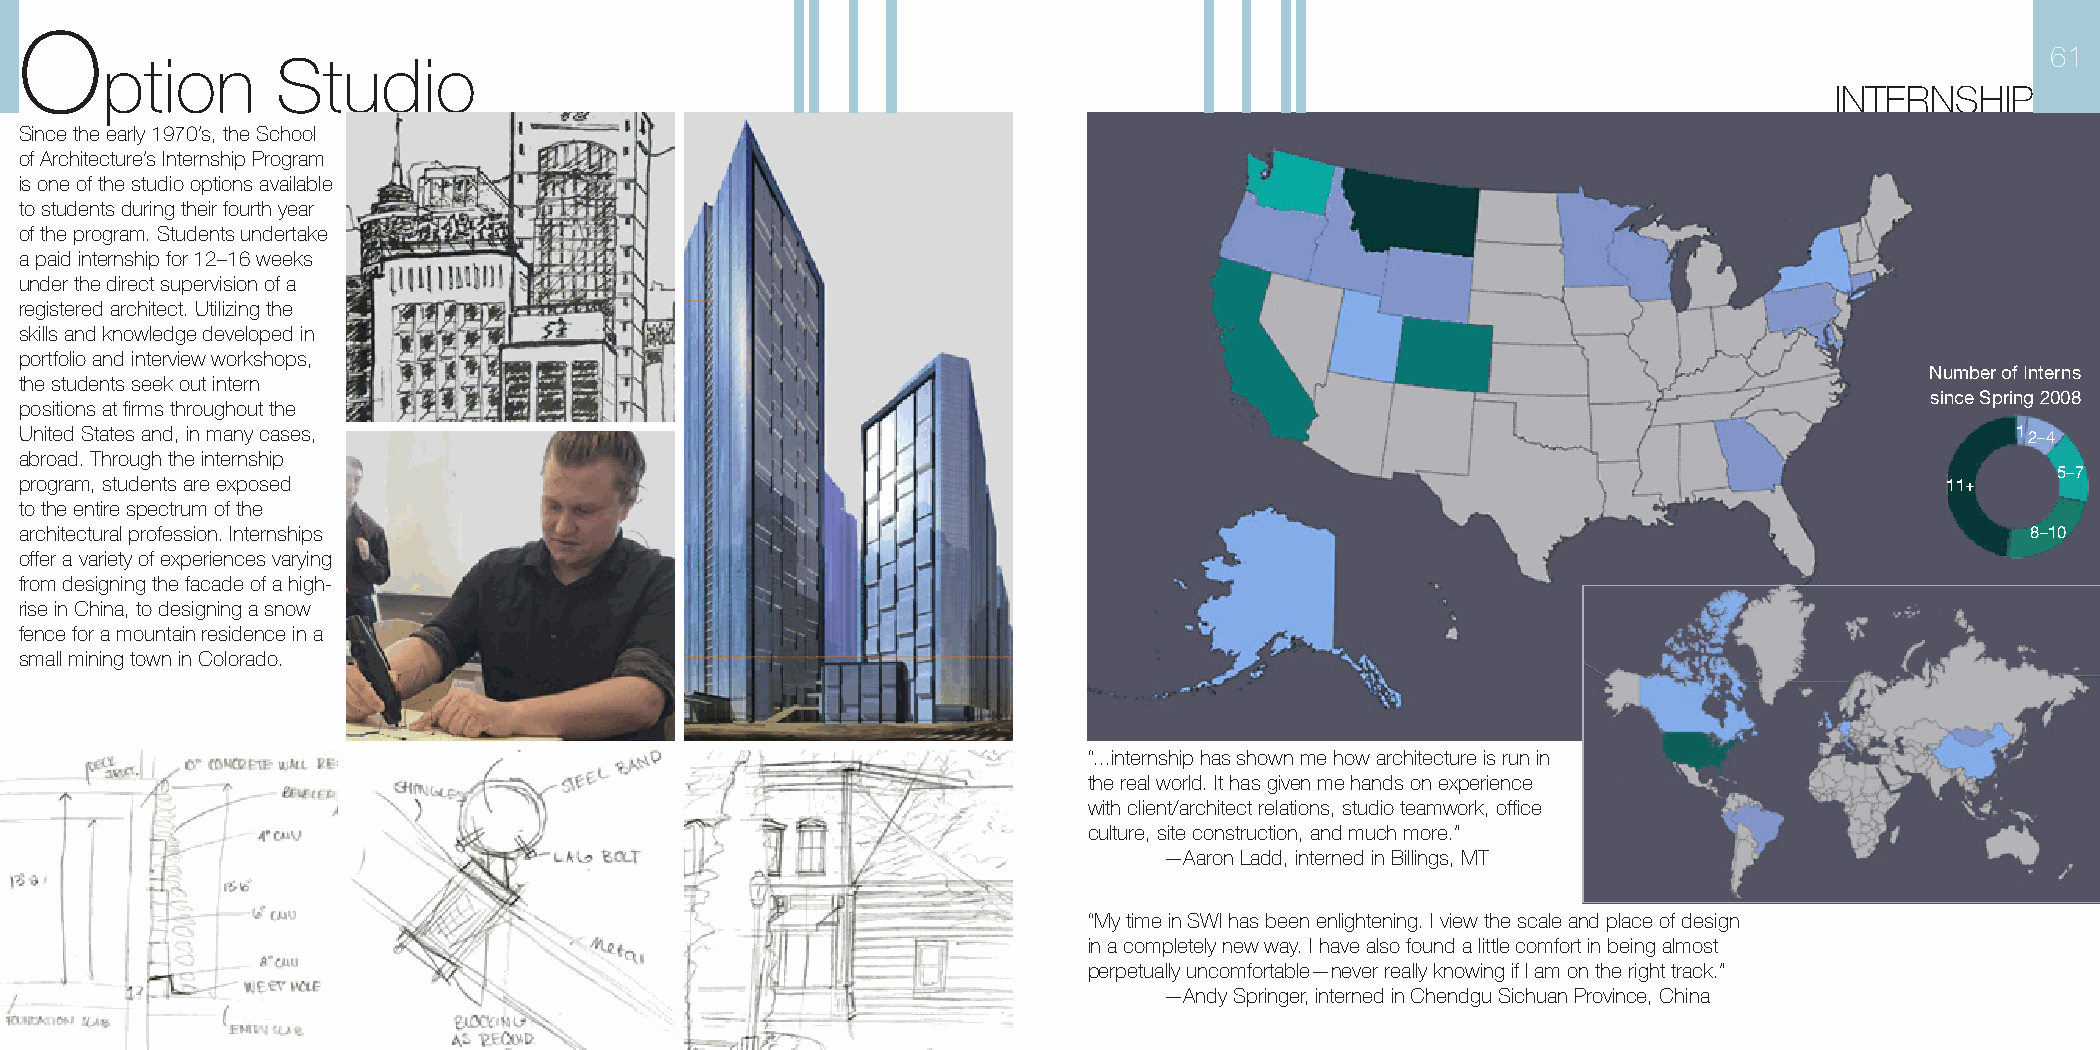
O
 61
 ption      Studio
 INTERNSHIP
 Since the early 1970’s, the School
 of Architecture’s Internship Program
 is one of the studio options available
 to students during their fourth year
 of the program. Students undertake
 a paid internship for 12–16 weeks
 under the direct supervision of a
 registered architect. Utilizing the
 skills and knowledge developed in
 portfolio and interview workshops,
 Number of Interns
 the students seek out intern
 since Spring 2008
 positions at firms throughout the
 United States and, in many cases,                                                                                                    1 2–4
 abroad. Through the internship
 5–7
 program, students are exposed                                                                                                   11+
 to the entire spectrum of the
 architectural profession. Internships                                                                                                8–10
 offer a variety of experiences varying
 from designing the facade of a high-
 rise in China, to designing a snow
 fence for a mountain residence in a
 small mining town in Colorado.
 “...internship has shown me how architecture is run in
 the real world. It has given me hands on experience
 with client/architect relations, studio teamwork, office
 culture, site construction, and much more.”
 —Aaron Ladd, interned in Billings, MT
 “My time in SWI has been enlightening. I view the scale and place of design
 in a completely new way. I have also found a little comfort in being almost
 perpetually uncomfortable—never really knowing if I am on the right track.”
 —Andy Springer, interned in Chendgu Sichuan Province, China